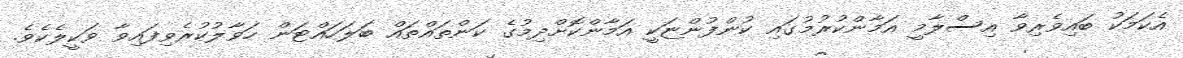
އެކަމަކު ބައިވެރިވާ އިސްލާމީ އަމާންކުރުމުގައި ކުންފުންޏަކީ އަމާންކޮށްދިމުގެ ކަންތައްތައް ބަލަހައްޓަން ހަވާލުކުރެވިފައިވާ ވަކީލެކެވެ.